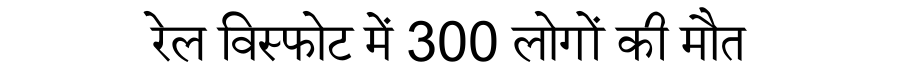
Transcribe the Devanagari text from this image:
रेल विस्फोट में 300 लोगों की मौत